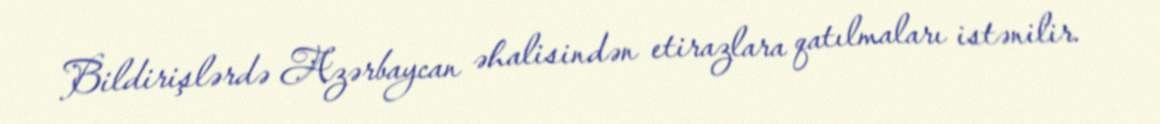
Bildirişlərdə Azərbaycan əhalisindən etirazlara qatılmaları istənilir.